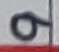
Text: 9